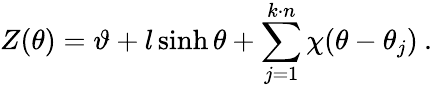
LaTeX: Z(\theta)=\vartheta+l\sinh\theta+\sum_{j=1}^{k\cdot n}\chi(\theta-\theta_{j})\: .